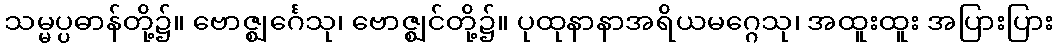
သမ္မပ္ပဓာန်တို့၌။ ဗောဇ္ဈင်္ဂေသု၊ ဗောဇ္ဈင်တို့၌။ ပုထုနာနာအရိယမဂ္ဂေသု၊ အထူးထူး အပြားပြား